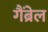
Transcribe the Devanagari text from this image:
गैंब्रेल